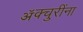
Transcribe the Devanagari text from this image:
ॲक्चुरींना